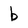
Character: b